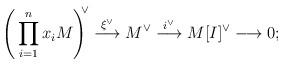
LaTeX: \begin{align*} \Bigg(\prod_{i=1}^nx_iM\Bigg)^{\!\!\!\vee}\overset{\xi^\vee}\longrightarrow M^\vee\overset {i^\vee} \longrightarrow M[I]^\vee\longrightarrow0; \end{align*}